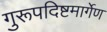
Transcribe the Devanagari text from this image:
गुरूपदिष्टमार्गेण